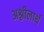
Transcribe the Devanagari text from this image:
अश्लीलार्थ